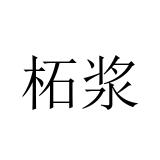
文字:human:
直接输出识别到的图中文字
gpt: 柘浆